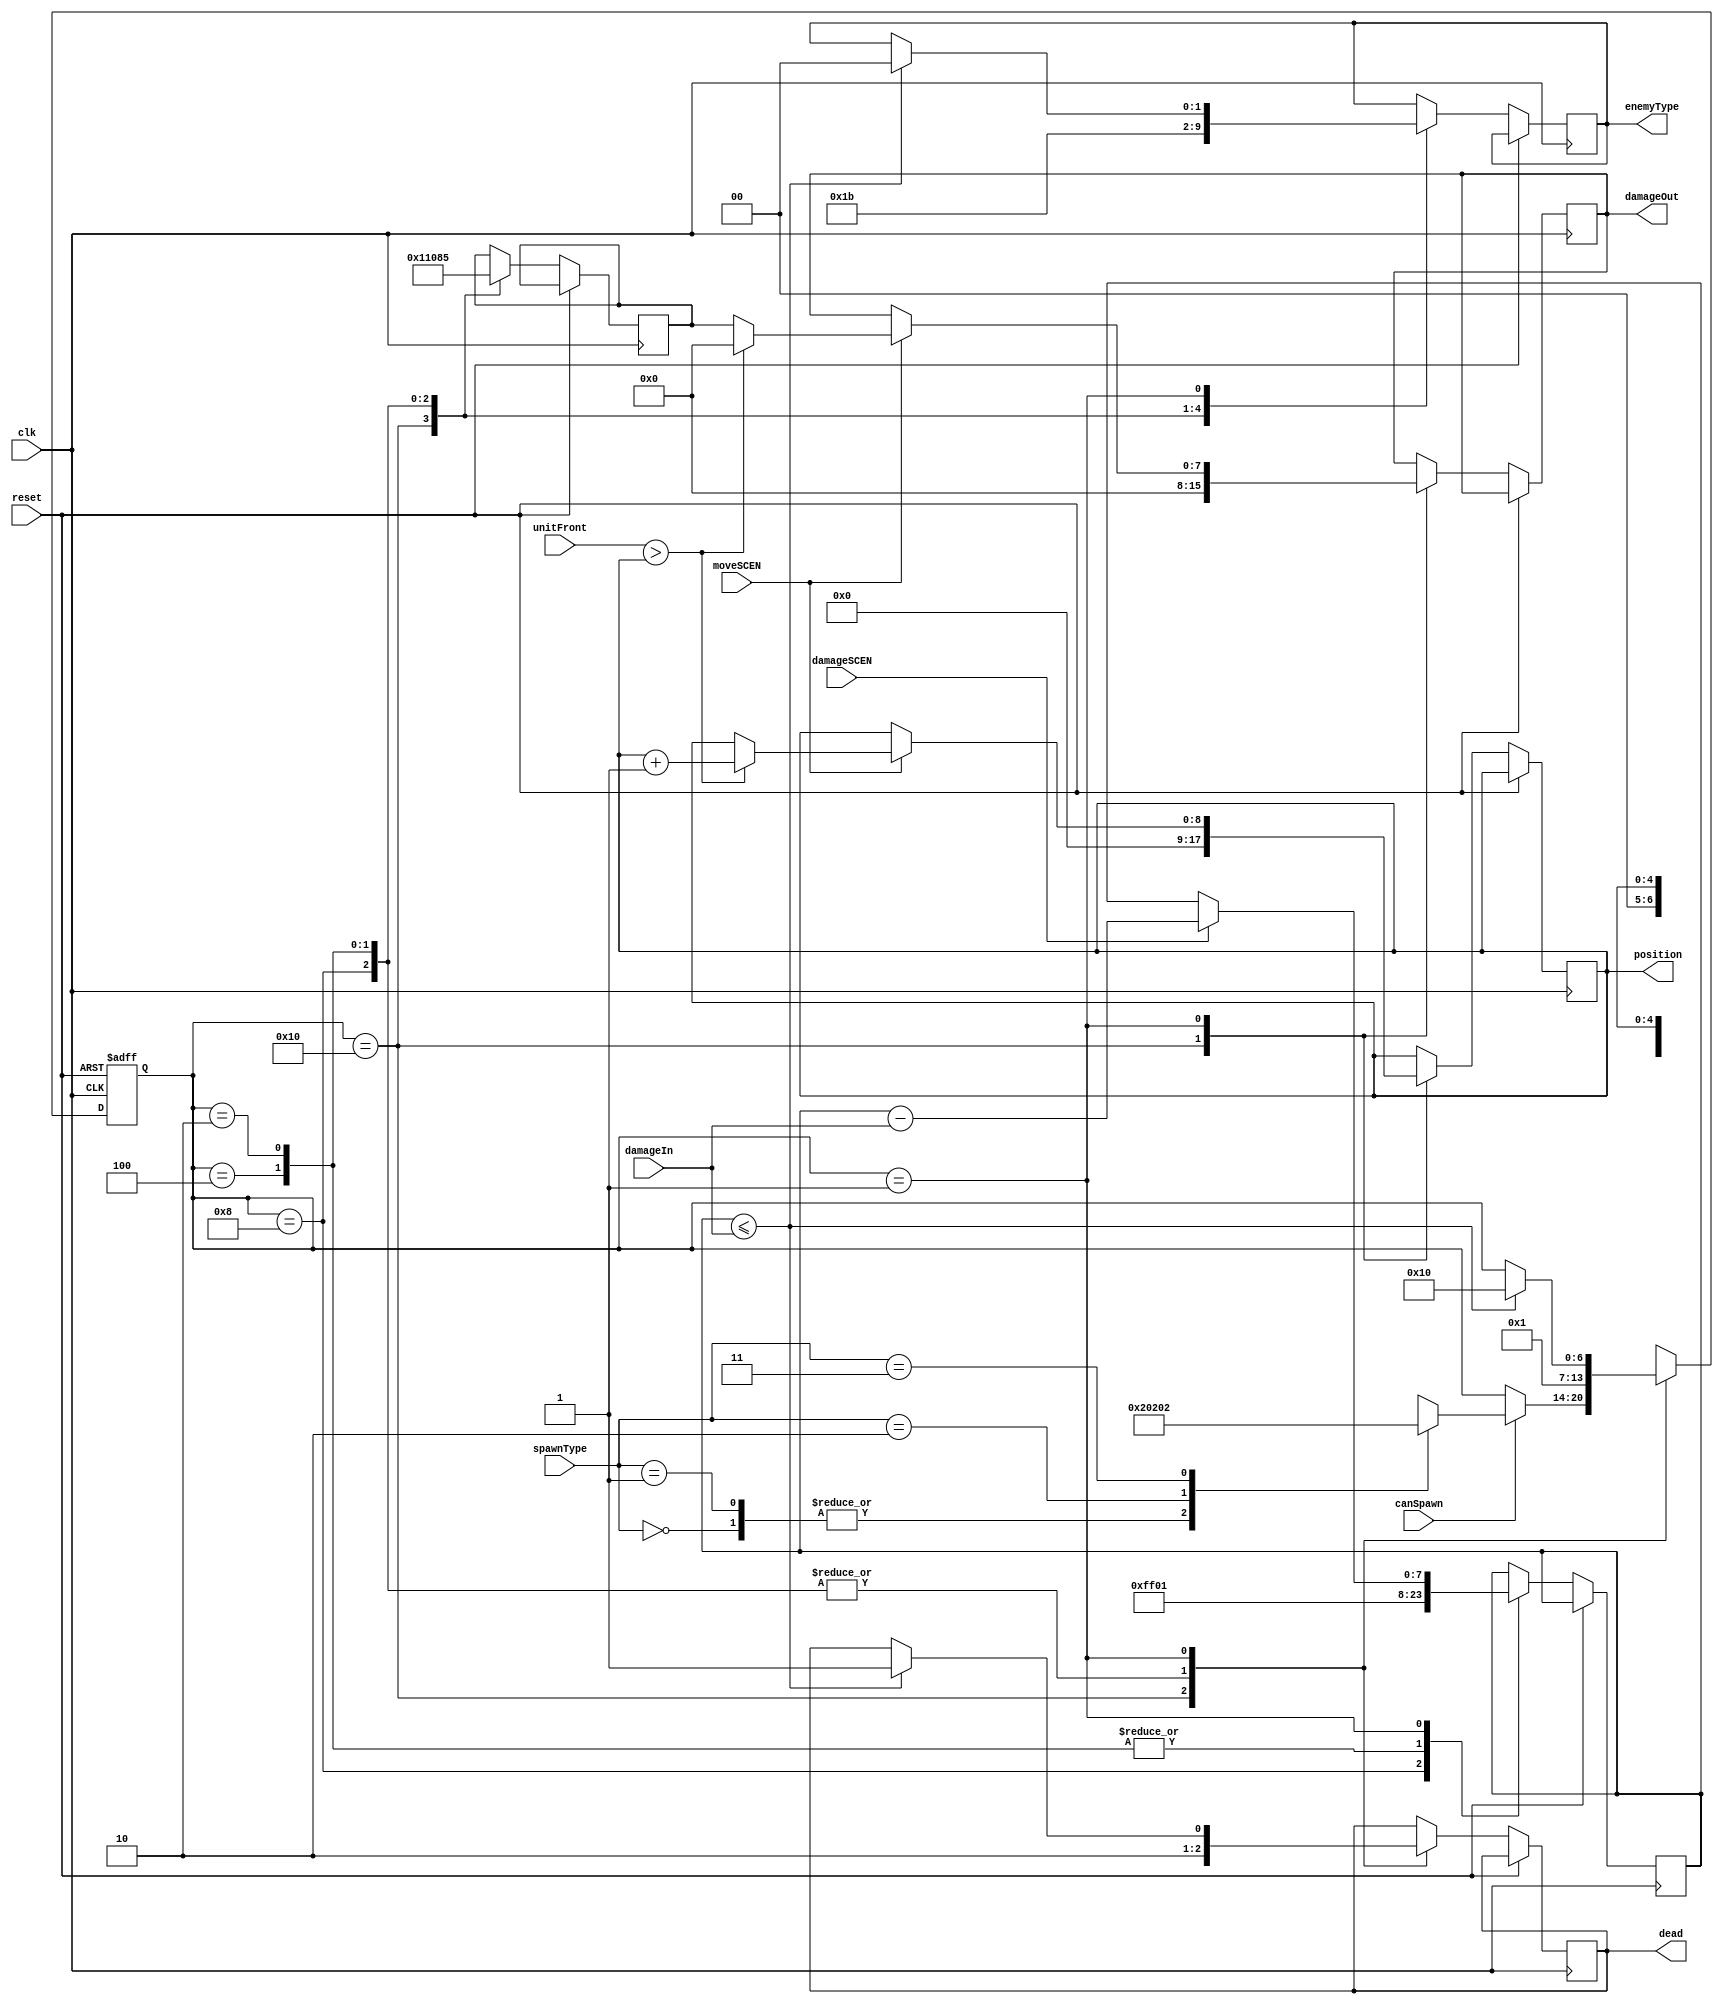
`timescale 1ns/1ps

module Enemy(
	input clk, 
	input reset,
	input moveSCEN,
	input damageSCEN,
	input canSpawn,
	input [1:0] spawnType,
	input [7:0] damageIn,
	input [8:0] unitFront, // location of the frontmost unit
	output reg [8:0] position, // choose how many bits we need for position
	output reg [7:0] damageOut, // choose how many bits we need for damage
	output reg [1:0] enemyType,
	output reg dead
);

reg [7:0] power; // determines how strong an enemy's attack is
reg [7:0] health; // internal to the unit, keeps track how much health they have left
reg [6:0] state;

localparam
	QI =       5'b10000,
	QDeploy1 = 5'b01000,
	QDeploy2 = 5'b00100,
	QDeploy3 = 5'b00010,
	QAlive   = 5'b00001,
	UNK =      5'bXXXXX;
	
always@(posedge clk, posedge reset)
begin
	if(reset) state <= QI;
	else
	begin
		case(state)
			QI:
				begin
					// state transition
					enemyType <= 2'b00;
					dead <= 1'b1;
					
					if(canSpawn) begin
						case(spawnType) 
							2'b00: state <= QDeploy1;
							2'b01: state <= QDeploy1;
							2'b10: state <= QDeploy2;
							2'b11: state <= QDeploy3;
						endcase
					end
					
					// RTL
					position <= 9'b0000_0000_0; // CHANGED FROM PLAYER
					damageOut <= 8'b0000_0000;
					power <= 8'b0000_0000;
					
				end
			QDeploy1:
				begin
					state <= QAlive;
					health <= 8'b1111_1111;
					power <= 8'b0000_0001;
					enemyType <= 2'b01;
					dead <= 1'b0;
				end
			QDeploy2:
				begin
					state <= QAlive;
					health <= 8'b0000_0001;
					power <= 8'b0001_0000;
					enemyType <= 2'b10;
					dead <= 1'b0;
				end
			QDeploy3:
				begin
					state <= QAlive;
					health <= 8'b0000_0001;
					power <= 8'b1000_0101;
					enemyType <= 2'b11;
					dead <= 1'b0;
				end
			QAlive:
				begin
					// State Transtition Logic
					if(health <= damageIn)
					begin
					state <= QI;
					enemyType <= 2'b00;
					dead <= 1'b1;
					end
					// RTL
					
					// accept damage provided by TOP, can be 0 to whatever the attack damage is of enemy units
					if(damageSCEN) health <= health - damageIn;
					if(moveSCEN) // receives moveSCEN from battlefront calculator
					begin
						if(unitFront > position) // move
						begin
							position <= position + 1; // <-- CHANGE TO POSITIVE IN ENEMY.V
							damageOut <= 7'b0000000;
						end
						else damageOut <= power; // attack
					end
				end
			default: state <= UNK;
		endcase
	end
		
end

endmodule